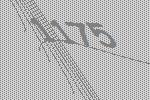
1175